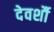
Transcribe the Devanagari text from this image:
देवर्शौ